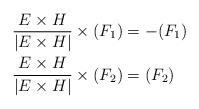
LaTeX: \begin{align*}\frac{E \times H}{\lvert E \times H \rvert} \times (F_1) &= -(F_1) \\\frac{E \times H}{\lvert E \times H \rvert} \times (F_2) &= (F_2) \\\end{align*}